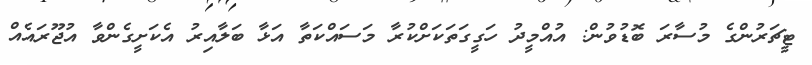
ޓީޗަރުންގެ މުސާރަ ބޮޑުވުން: އުއްމީދު ހަގީގަތަކަށްކުރާ މަސައްކަތާ އަޅާ ބަލާއިރު އެކަށީގެންވާ އުޖޫރައެއް